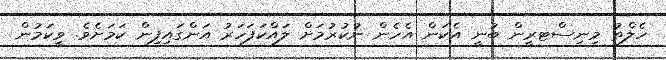
ހެލްތު މިނިސްޓރީން ބުނީ އެކަން އެހެން ނުކުރުމަށް ލައްކަފަހަރު އަންގައިފިން ކަމަށެވެ. ވީކަމުން